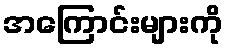
အကြောင်းများကို